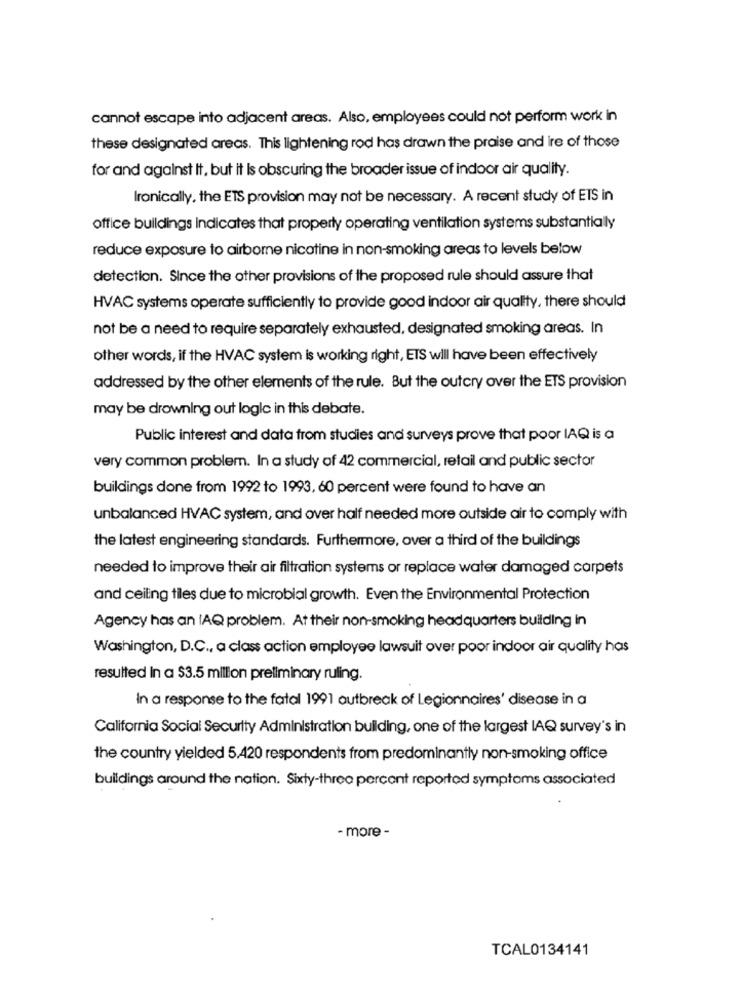
cannot escape into adjacent areas. Also, employees could not perform work in
these designated areas. This lightening rod has drawn the praise and ire of those
for and against It, but it Is obscuring the broader issue of indoor air quality.
Ironically, the ETS provision may not be necessary. A recent study of ETS in
office buildings indicates that property operating ventilation systems substantially
reduce exposure to airborne nicotine in non-smoking areas to levels below
detection. Since the other provisions of the proposed rule should assure that
HVAC systems operate sufficiently to provide good indoor air quality, there should
not be a need to require separately exhausted, designated smoking areas. In
other words, if the HVAC system is working right, ETS will have been effectively
addressed by the other elements of the rule. But the outcry over the ETS provision
may be drowning out logic in this debate.
Public interest and data from studies and surveys prove that poor IAQ is a
very common problem. In a study of 42 commercial, retail and public sector
buildings done from 1992 to 1993, 60 percent were found to have an
unbalanced HVAC system; and over half needed more outside air to comply with
the latest engineering standards. Furthermore, over a third of the buildings
needed to improve their air filtration systems or replace water damaged carpets
and ceiling tiles due to microbial growth. Even the Environmental Protection
Agency has an (AQ problem. At their non-smoking headquarters building in
Washington, D.C ., a class action employee lawsuit over poor indoor air quality has
resulted In a $3.5 million preliminary ruling.
In a response to the fatal 1991 outbreak of Legionnaires' disease in a
California Social Security Administration building, one of the largest IAQ survey's in
the country yielded 5,420 respondents from predominantly non-smoking office
buildings around the nation. Sixty-three percent reported symptoms associated
- more -
TCAL0134141